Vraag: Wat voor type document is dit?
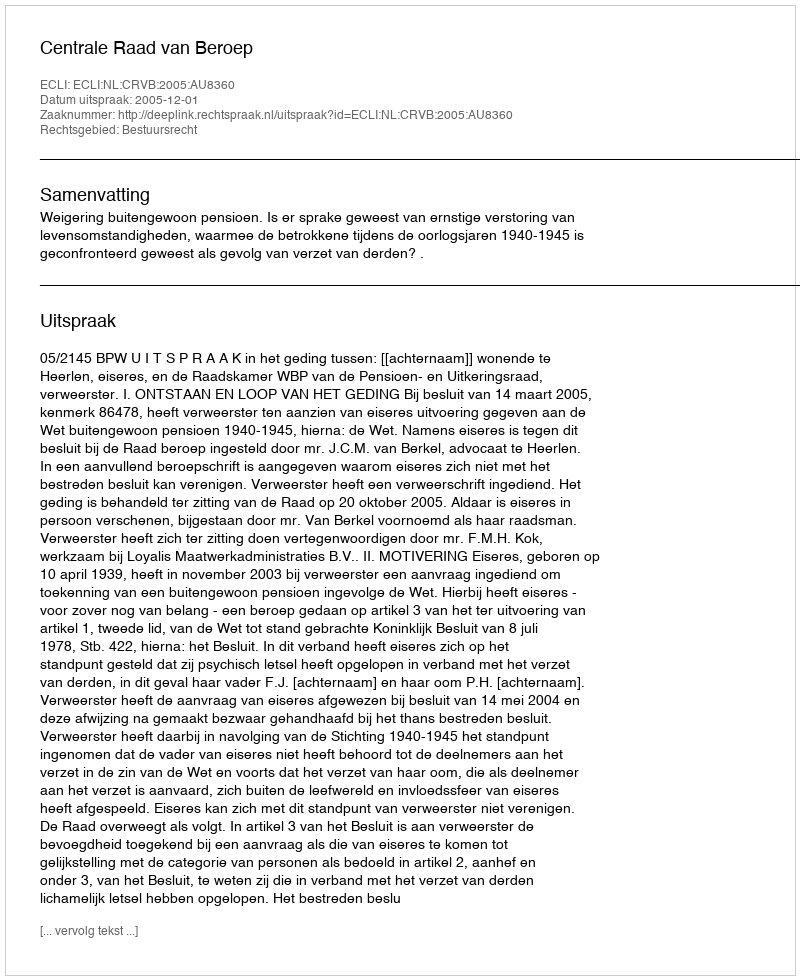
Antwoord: Uitspraak